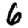
Digit: 6